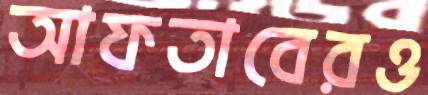
আফতাবেরও